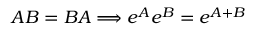
\boldsymbol { A } \boldsymbol { B } = \boldsymbol { B } \boldsymbol { A } \Longrightarrow e ^ { \boldsymbol { A } } e ^ { \boldsymbol { B } } = e ^ { \boldsymbol { A } + \boldsymbol { B } }